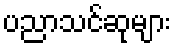
ပညာသင်ဆုများ